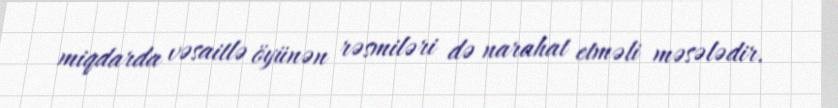
miqdarda vəsaitlə öyünən rəsmiləri də narahat etməli məsələdir.